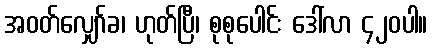
အဝတ်လျှော်ခ၊ ဟုတ်ပြီ၊ စုစုပေါင်း ဒေါ်လာ ၄၂၀ပါ။